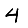
Digit: 4